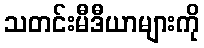
သတင်းမီဒီယာများကို